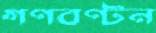
গণবণ্টন